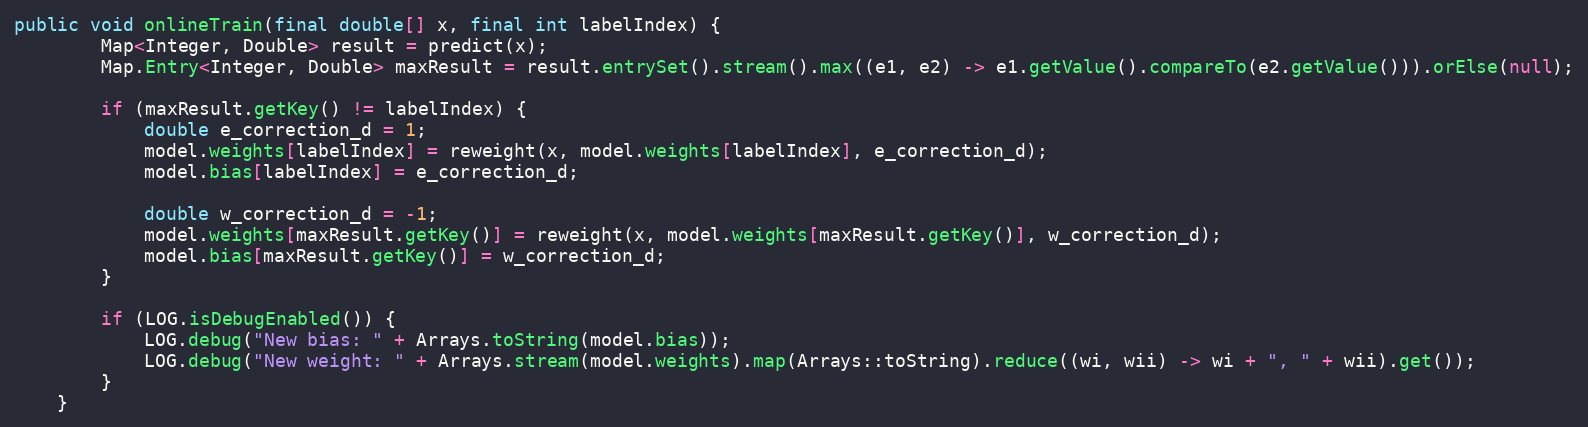
Language: Java
public void onlineTrain(final double[] x, final int labelIndex) {
        Map<Integer, Double> result = predict(x);
        Map.Entry<Integer, Double> maxResult = result.entrySet().stream().max((e1, e2) -> e1.getValue().compareTo(e2.getValue())).orElse(null);

        if (maxResult.getKey() != labelIndex) {
            double e_correction_d = 1;
            model.weights[labelIndex] = reweight(x, model.weights[labelIndex], e_correction_d);
            model.bias[labelIndex] = e_correction_d;

            double w_correction_d = -1;
            model.weights[maxResult.getKey()] = reweight(x, model.weights[maxResult.getKey()], w_correction_d);
            model.bias[maxResult.getKey()] = w_correction_d;
        }

        if (LOG.isDebugEnabled()) {
            LOG.debug("New bias: " + Arrays.toString(model.bias));
            LOG.debug("New weight: " + Arrays.stream(model.weights).map(Arrays::toString).reduce((wi, wii) -> wi + ", " + wii).get());
        }
    }